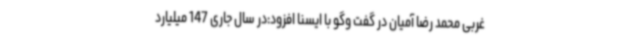
غربی محمد رضا آمیان در گفت وگو با ایسنا افزود:در سال جاری 147 میلیارد